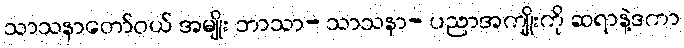
သာသနာတော်ဝယ် အမျိုး ဘာသာ- သာသနာ- ပညာအကျိုးကို ဆရာနဲ့ဒကာ